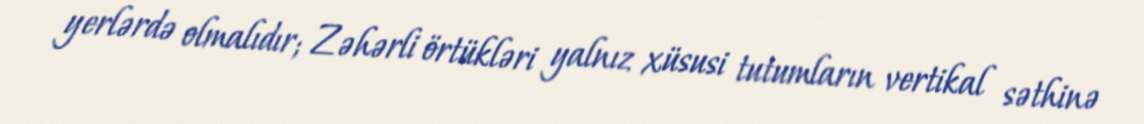
yerlərdə olmalıdır; Zəhərli örtükləri yalnız xüsusi tutumların vertikal səthinə